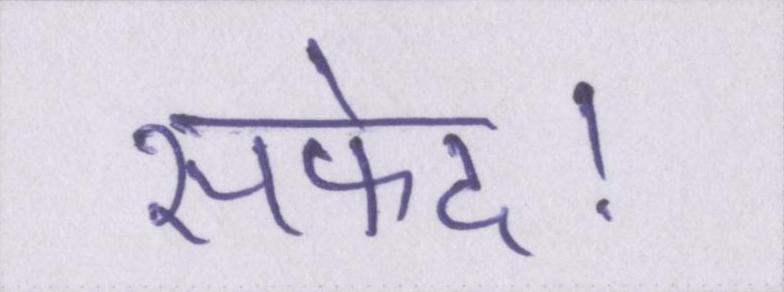
सफेद।